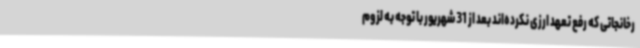
رخانجاتی که رفع تعهد ارزی نکرده‌اند بعد از 31 شهریور با توجه به لزوم